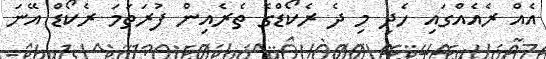
އެއް ރެއެއްގައި ހެދި މި ދެ ރެކޯޑްގެ ތެރެއިން ފުރަތަމަ ރެކޯޑް އޭނަ